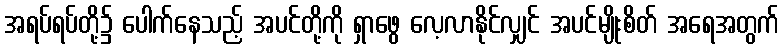
အရပ်ရပ်တို့၌ ပေါက်နေသည့် အပင်တို့ကို ရှာဖွေ လေ့လာနိုင်လျှင် အပင်မျိုးစိတ် အရေအတွက်